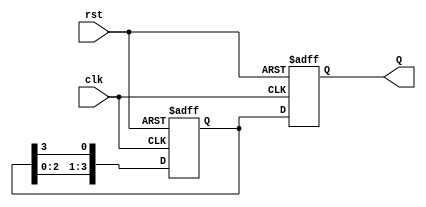
module johnson_counter (
  input clk,
  input rst,
  output reg [3:0] Q
);

reg [3:0] D;

always @ (posedge clk or posedge rst)
begin
  if (rst)
    D <= 4'b0001;
  else
    D <= {D[2:0], D[3]};
end

always @ (posedge clk or posedge rst)
begin
  if (rst)
    Q <= 4'b0001;
  else
    Q <= D;
end

endmodule